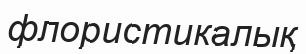
флористикалық